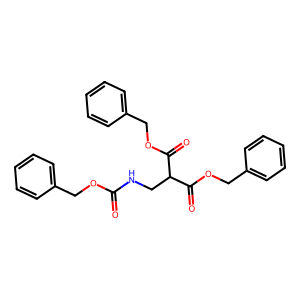
SMILES: O=C(NCC(C(=O)OCc1ccccc1)C(=O)OCc1ccccc1)OCc1ccccc1
Inhibits HIV replication: No